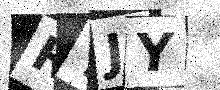
Text: RTJY